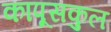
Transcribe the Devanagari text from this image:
कापूसकुल